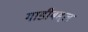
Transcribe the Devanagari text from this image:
गाडीबद्दल